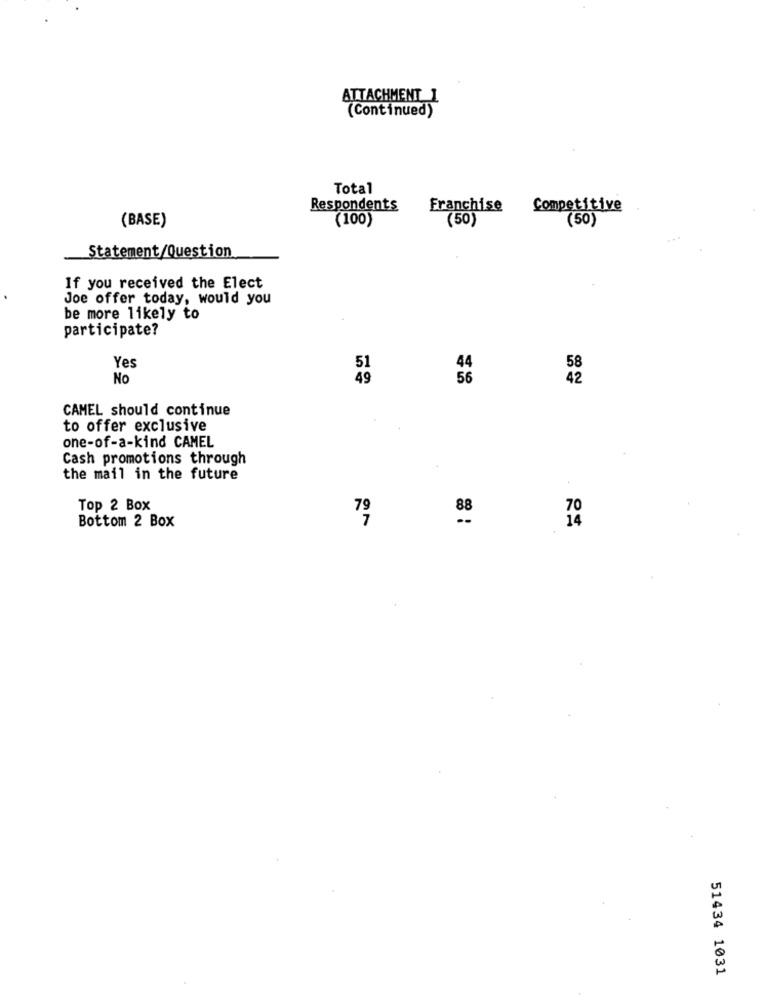
ATTACHMENT_1
(Continued)
Total
Respondents
Franchise
Competitive
(BASE)
(100)
(50)
(50)
Statement/Question
If you received the Elect
Joe offer today, would you
be more likely to
participate?
Yes
51
No
49
42
CAMEL should continue
to offer exclusive
one-of-a-kind CAMEL
Cash promotions through
the mail in the future
Top 2 Box
79
7
8
Bottom 2 Box
51434 1031